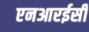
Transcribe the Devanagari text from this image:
एनआरईसी